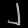
Digit: ၂